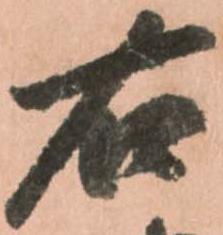
右